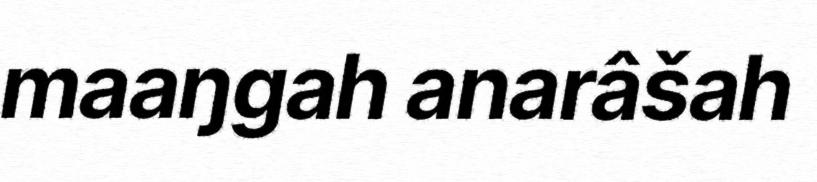
maaŋgah anarâšah